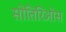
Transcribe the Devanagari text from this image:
सोतिरिओस